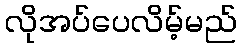
လိုအပ်ပေလိမ့်မည်